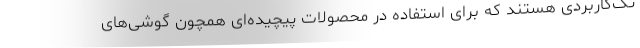
تک‌کاربردی هستند که برای استفاده در محصولات پیچیده‌ای همچون گوشی‌های